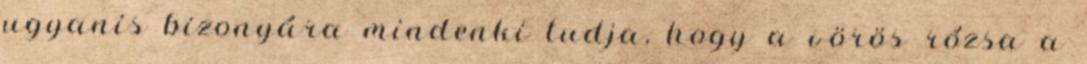
ugyanis bizonyára mindenki tudja, hogy a vörös rózsa a